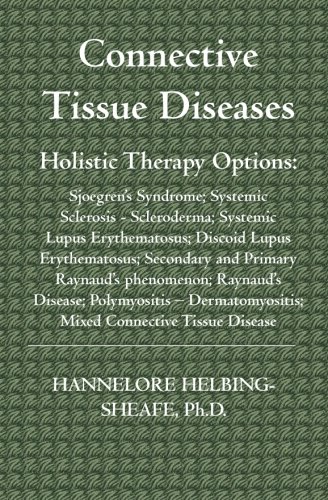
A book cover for Connective Tissue Diseases: Holistic Therapy Options--Sjoegrens Syndrome; Systemic Sclerosis - Scleroderma; Systemic Lupus Erythematosus; Discoid Lupus Erythematosus; Secondary and Primary Raynauds phenomenon; Raynauds Disease; Polymyositis  Dermatomyositis; Hannelore Helbing-Sheafe Ph.D; Health, Fitness & Dieting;